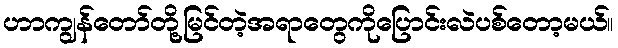
ဟာကျွန်တော်တို့မြင်တဲ့အရာတွေကိုပြောင်းလဲပစ်တော့မယ်။